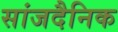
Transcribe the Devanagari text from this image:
सांजदैनिक